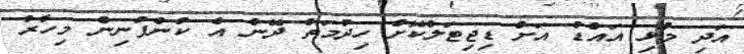
އަދި މުޅި އައްޑު އަށް ޑިޖިޓަލްކޮށް ހިދުމަތް ދޭން އެ ކުންފުނިން މިހާރު